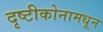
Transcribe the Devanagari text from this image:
दृष्टीकोनामधून